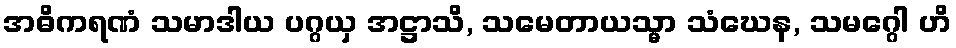
အဓိကရဏံ သမာဒါယ ပဂ္ဂယှ အဋ္ဌာသိ, သမေတာယသ္မာ သံဃေန, သမဂ္ဂေါ ဟိ